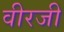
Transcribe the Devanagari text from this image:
वीरजी